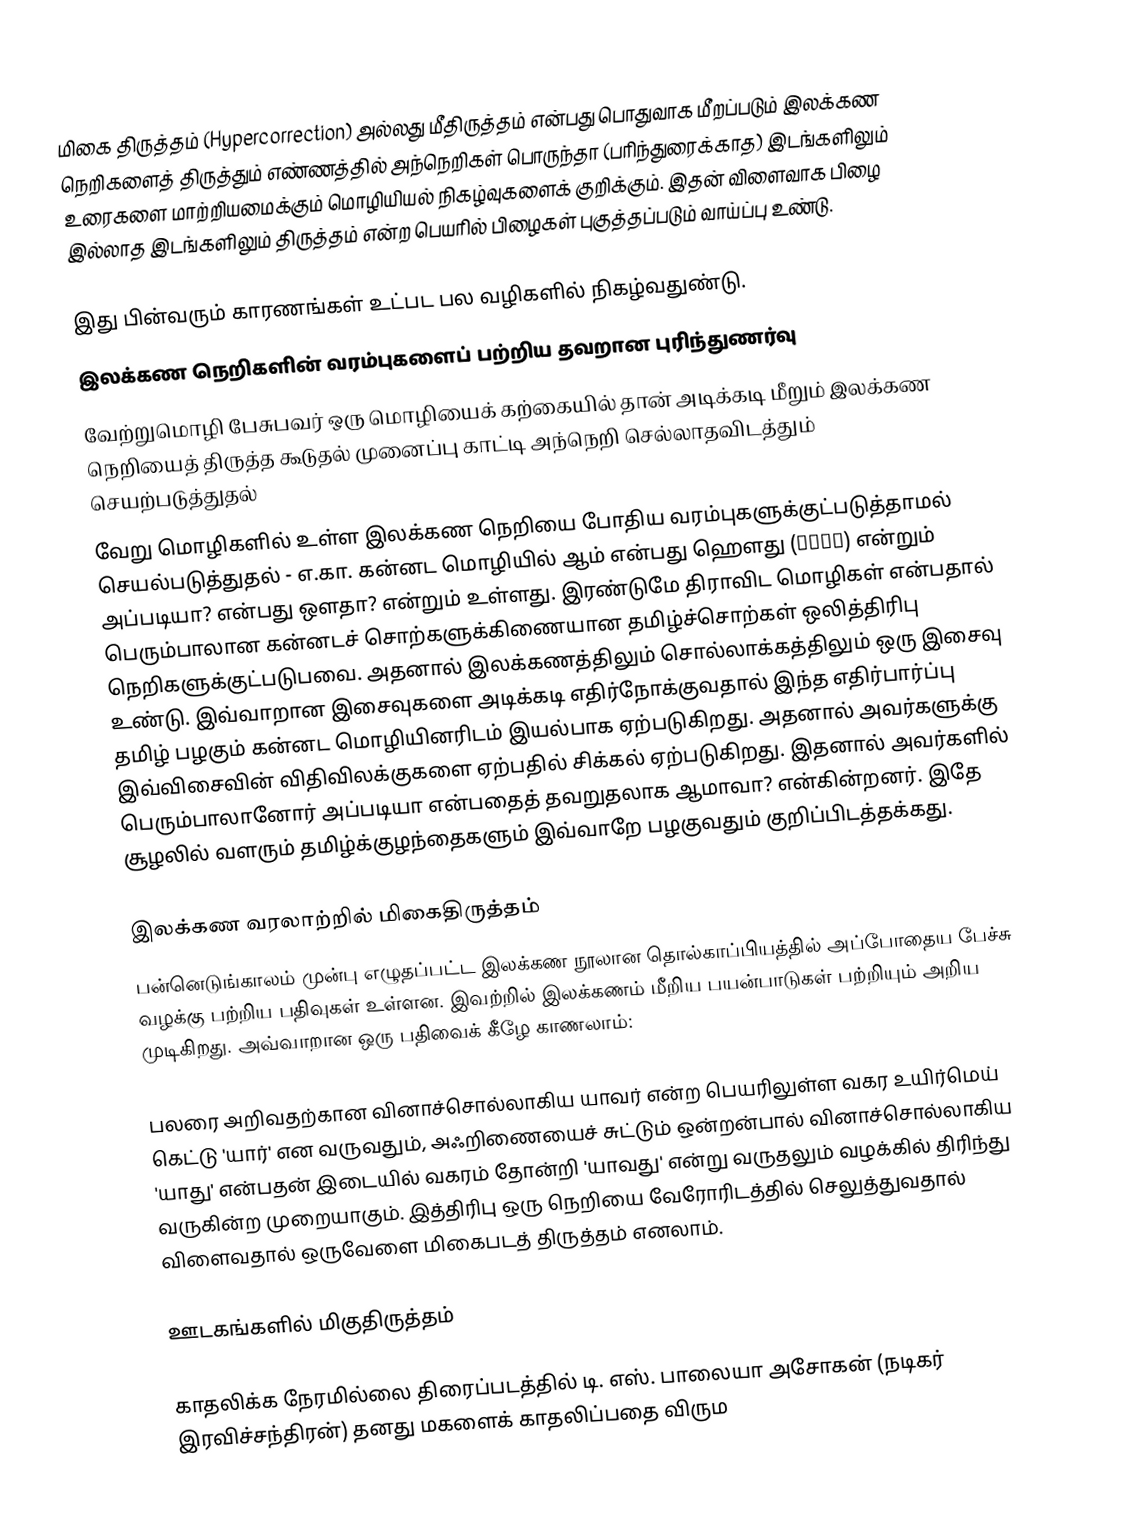
மிகை திருத்தம் (Hypercorrection) அல்லது மீதிருத்தம் என்பது பொதுவாக மீறப்படும் இலக்கண நெறிகளைத் திருத்தும் எண்ணத்தில் அந்நெறிகள் பொருந்தா (பரிந்துரைக்காத) இடங்களிலும் உரைகளை மாற்றியமைக்கும் மொழியியல் நிகழ்வுகளைக் குறிக்கும். இதன் விளைவாக பிழை இல்லாத இடங்களிலும் திருத்தம் என்ற பெயரில் பிழைகள் புகுத்தப்படும் வாய்ப்பு உண்டு.

இது பின்வரும் காரணங்கள் உட்பட பல வழிகளில் நிகழ்வதுண்டு.
 இலக்கண நெறிகளின் வரம்புகளைப் பற்றிய தவறான புரிந்துணர்வு
 வேற்றுமொழி பேசுபவர் ஒரு மொழியைக் கற்கையில் தான் அடிக்கடி மீறும் இலக்கண நெறியைத் திருத்த கூடுதல் முனைப்பு காட்டி அந்நெறி செல்லாதவிடத்தும் செயற்படுத்துதல்
 வேறு மொழிகளில் உள்ள இலக்கண நெறியை போதிய வரம்புகளுக்குட்படுத்தாமல் செயல்படுத்துதல் - எ.கா. கன்னட மொழியில் ஆம் என்பது ஹௌது (ಹೌದು) என்றும் அப்படியா? என்பது ஔதா? என்றும் உள்ளது. இரண்டுமே திராவிட மொழிகள் என்பதால் பெரும்பாலான கன்னடச் சொற்களுக்கிணையான தமிழ்ச்சொற்கள் ஒலித்திரிபு நெறிகளுக்குட்படுபவை. அதனால் இலக்கணத்திலும் சொல்லாக்கத்திலும் ஒரு இசைவு உண்டு. இவ்வாறான இசைவுகளை அடிக்கடி எதிர்நோக்குவதால் இந்த எதிர்பார்ப்பு தமிழ் பழகும் கன்னட மொழியினரிடம் இயல்பாக ஏற்படுகிறது. அதனால் அவர்களுக்கு இவ்விசைவின் விதிவிலக்குகளை ஏற்பதில் சிக்கல் ஏற்படுகிறது. இதனால் அவர்களில் பெரும்பாலானோர் அப்படியா என்பதைத் தவறுதலாக ஆமாவா? என்கின்றனர். இதே சூழலில் வளரும் தமிழ்க்குழந்தைகளும் இவ்வாறே பழகுவதும் குறிப்பிடத்தக்கது.

இலக்கண வரலாற்றில் மிகைதிருத்தம்
பன்னெடுங்காலம் முன்பு எழுதப்பட்ட இலக்கண நூலான தொல்காப்பியத்தில் அப்போதைய பேச்சு வழக்கு பற்றிய பதிவுகள் உள்ளன. இவற்றில் இலக்கணம் மீறிய பயன்பாடுகள் பற்றியும் அறிய முடிகிறது. அவ்வாறான ஒரு பதிவைக் கீழே காணலாம்:

பலரை அறிவதற்கான வினாச்சொல்லாகிய யாவர் என்ற பெயரிலுள்ள வகர உயிர்மெய் கெட்டு 'யார்' என வருவதும், அஃறிணையைச் சுட்டும் ஒன்றன்பால் வினாச்சொல்லாகிய 'யாது' என்பதன் இடையில் வகரம் தோன்றி 'யாவது' என்று வருதலும் வழக்கில் திரிந்து வருகின்ற முறையாகும். இத்திரிபு ஒரு நெறியை வேரோரிடத்தில் செலுத்துவதால் விளைவதால் ஒருவேளை மிகைபடத் திருத்தம் எனலாம்.

ஊடகங்களில் மிகுதிருத்தம்

காதலிக்க நேரமில்லை திரைப்படத்தில் டி. எஸ். பாலையா அசோகன் (நடிகர் இரவிச்சந்திரன்) தனது மகளைக் காதலிப்பதை விரும